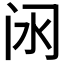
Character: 𲈵